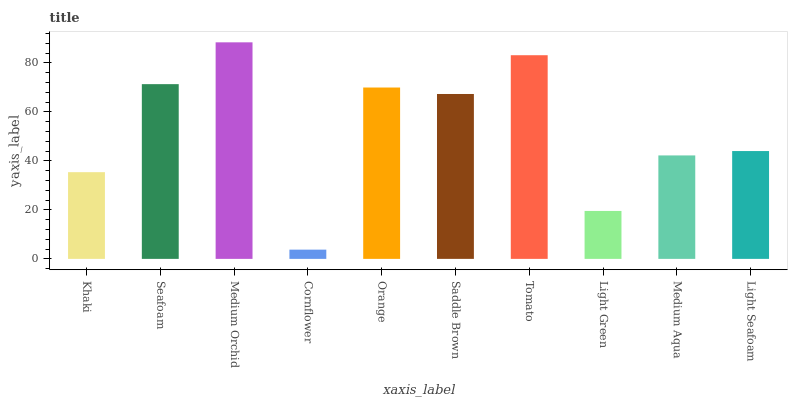
| xaxis_label | bars |
 | --- | --- |
 | Khaki | 35.4 |
 | Seafoam | 71.4 |
 | Medium Orchid | 88.4 |
 | Cornflower | 3.78 |
 | Orange | 70 |
 | Saddle Brown | 67.3 |
 | Tomato | 83.2 |
 | Light Green | 19.6 |
 | Medium Aqua | 42.2 |
 | Light Seafoam | 44 |